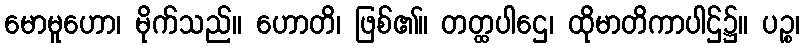
မောမူဟော၊ မိုက်သည်။ ဟောတိ၊ ဖြစ်၏။ တတ္ထပါဌေ၊ ထိုမာတိကာပါဌ်၌။ ပဉ္စ၊